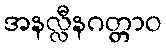
အနလ္လီနဂတ္တာဝ